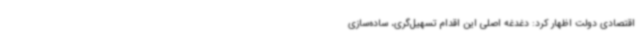
اقتصادی دولت اظهار کرد: دغدغه اصلی این اقدام تسهیل‌گری، ساده‌سازی